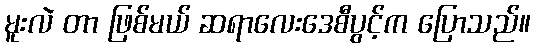
မူးလဲ တာ ဖြစ်မယ် ဆရာလေးဒေစီပွင့်က ပြောသည်။